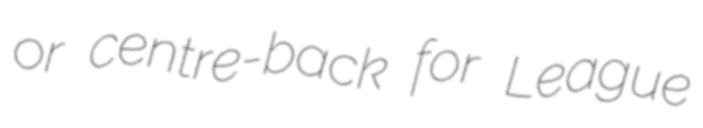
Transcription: or centre-back for League